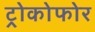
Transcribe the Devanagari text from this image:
ट्रोकोफोर